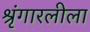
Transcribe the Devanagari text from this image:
श्रृंगारलीला